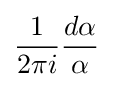
{\frac {1}{2\pi i}}{\frac {d\alpha }{\alpha }}